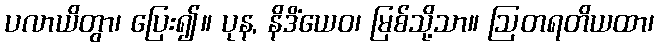
ပလာယိတွာ၊ ပြေး၍။ ပုန, နိဒိံယေဝ၊ မြစ်သို့သာ။ ဩတရတိယထာ၊